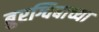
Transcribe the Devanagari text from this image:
बुरग्विबाच्या